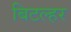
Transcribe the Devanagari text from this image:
बिटल्हर